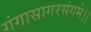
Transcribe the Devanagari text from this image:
गंगासागरसंगमे।।